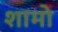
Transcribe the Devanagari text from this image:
शामो